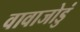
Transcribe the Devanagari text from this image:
वावाजोडुं